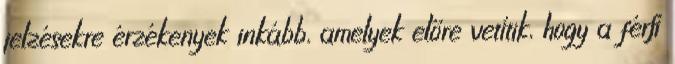
jelzésekre érzékenyek inkább, amelyek előre vetítik, hogy a férﬁ